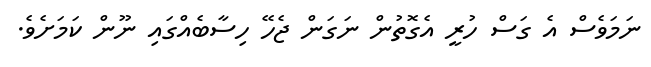
ނަމަވެސް އެ ގަސް ހުރީ އެގޮތުން ނަގަން ޖެހޭ ހިސާބެއްގައި ނޫން ކަމަށެވެ.